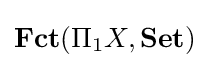
\mathbf {Fct} (\Pi _{1}X,\mathbf {Set} )